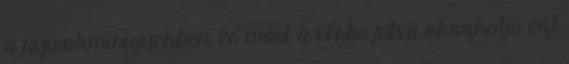
a nyirokmirigyekben, és most a vérbe jutva okozhatja ezt